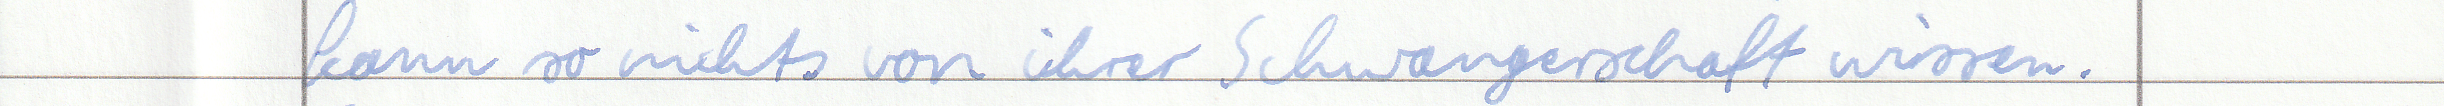
kann so nichts von ihrer Schwangerschaft wissen.